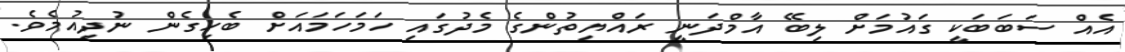
އެއް ސަބަބަކީ ގައުމަށް ލިބޭ އާމްދަނީ ރައްޔިތުންގެ މެދުގައި ހަމަހަމައަށް ބެހިގެން ނުދިއުމެވެ.